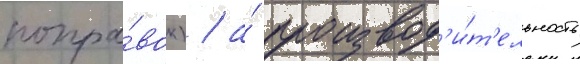
попра́вок) / а́ производ'и́т'ельность